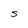
Character: S